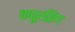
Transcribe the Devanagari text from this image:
कपूरसिंग